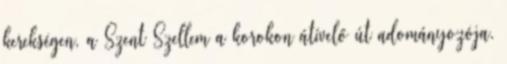
kerekségen, a Szent Szellem a korokon átívelő út adományozója.